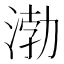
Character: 渤